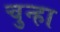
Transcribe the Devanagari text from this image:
चुन्हा